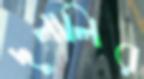
দুলালির